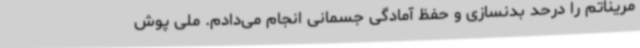
مریناتم را درحد بدنسازی و حفظ آمادگی جسمانی انجام می‌دادم. ملی پوش